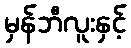
မှန်ဘီလူးနှင့်